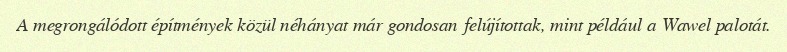
A megrongálódott építmények közül néhányat már gondosan felújítottak, mint például a Wawel palotát.